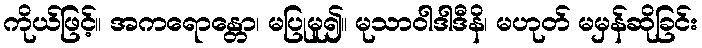
ကိုယ်ဖြင့်။ အကရောန္တော၊ မပြုမူ၍။ မုသာဝါဒါဒီနိ၊ မဟုတ် မမှန်ဆိုခြင်း